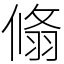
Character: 翛